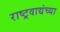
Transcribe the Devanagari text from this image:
राष्ट्रवाद्यंच्या